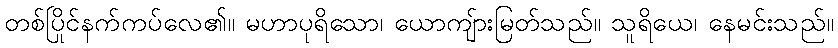
တစ်ပြိုင်နက်ကပ်လေ၏။ မဟာပုရိသော၊ ယောကျ်ားမြတ်သည်။ သူရိယေ၊ နေမင်းသည်။